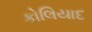
કોલિયાદ